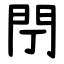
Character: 閅